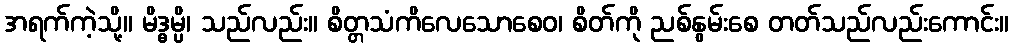
အရက်ကဲ့သို့။ မိဒ္ဓမ္ပိ၊ သည်လည်း။ စိတ္တသံကိလေသောစေဝ၊ စိတ်ကို ညစ်နွမ်းစေ တတ်သည်လည်းကောင်း။